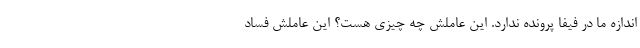
اندازه ما در فیفا پرونده ندارد. این عاملش چه چیزی هست؟ این عاملش فساد